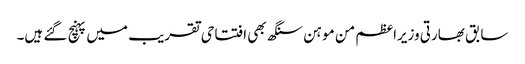
سابق بھارتی وزیراعظم من موہن سنگھ بھی افتتاحی تقریب میں پہنچ گئے ہیں۔